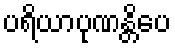
ပရိယာပုဏန္တိပေ